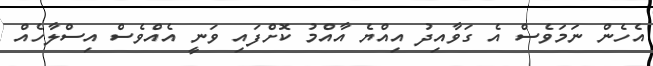
އެހެން ނަމަވެސް އެ ގަވާއިދު އިއްޔެ އާއްމު ކޮށްފައި ވަނީ އެއްވެސް އިސްލާހެއް